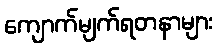
ကျောက်မျက်ရတနာများ